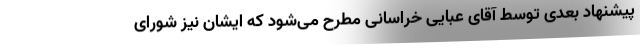
پیشنهاد بعدی توسط آقای عبایی خراسانی مطرح می‌شود که ایشان نیز شورای